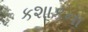
કશાકના